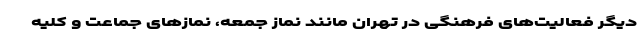
دیگر فعالیت‌های فرهنگی در تهران مانند نماز جمعه، نمازهای جماعت و کلیه